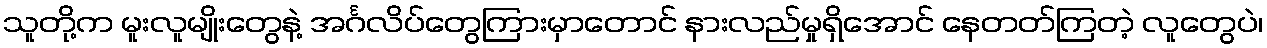
သူတို့က မူးလူမျိုးတွေနဲ့ အင်္ဂလိပ်တွေကြားမှာတောင် နားလည်မှုရှိအောင် နေတတ်ကြတဲ့ လူတွေပဲ၊